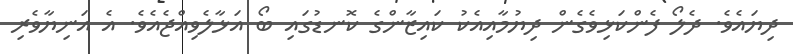
ދިޔައެވެ. ދެލޯ ފެންކަޅިވެގެން ދިޔުމާއިއެކު ކައިޒާންގެ ކޮނޑުގައި ބޯ އަޅާލެވިއްޖެއެވެ. އެ އަނިޔާވެރި